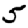
Digit: 5